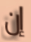
إن